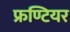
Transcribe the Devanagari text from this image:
फ्रण्टियर